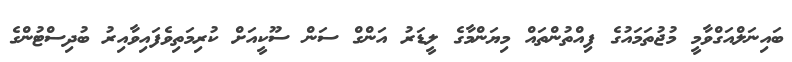
ބައިނަލްއަގްވާމީ މުޖުތަމައުގެ ފިއްތުންތައް މިޔަންމާގެ ލީޑަރު އަންގް ސަން ސޫކީއަށް ކުރިމަތިވެފައިވާއިރު ބުދިސްޓުންގެ